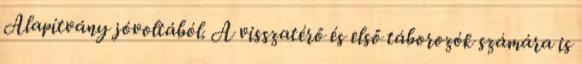
Alapítvány jóvoltából. A visszatérő és első táborozók számára is